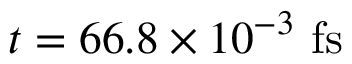
t = 6 6 . 8 \times 1 0 ^ { - 3 } ~ \mathrm { f s }